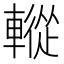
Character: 䡮